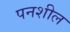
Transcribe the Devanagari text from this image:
पनशील